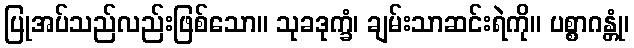
ပြုအပ်သည်လည်းဖြစ်သော။ သုခဒုက္ခံ၊ ချမ်းသာဆင်းရဲကို။ ပစ္စာဂန္တုံ၊